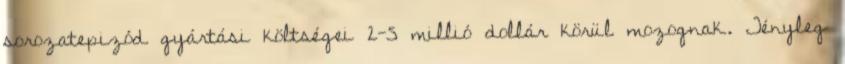
sorozatepizód gyártási költségei 2-5 millió dollár körül mozognak. Tényleg